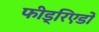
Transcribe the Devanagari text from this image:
फीड्रिएडों